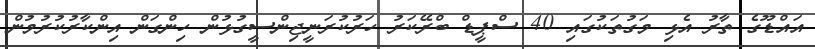
އައްޑޫގެ ތާރު އެޅި މަގުތަކުގައި 40 ސްޕީޑް ބްރޭކަރު ހަރުކުރަނީޖިންސީގުޅުން ހިންގަން އިންކާރުކުރުމުން